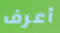
أعرف